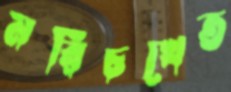
মরিচখেত